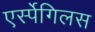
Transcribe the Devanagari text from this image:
एर्स्पेगिलस